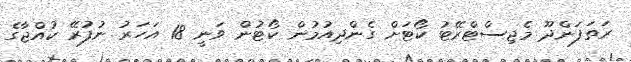
ރަތަފަންދޫ މެޖިސްޓްރޭޓު ކޯޓަށް ގެންދިއުމުން ކޯޓުން ވަނީ 18 އަހަރު ނުފުރޭ ކުއްޖާގެ